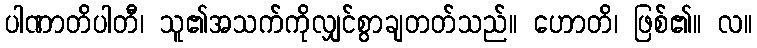
ပါဏာတိပါတီ၊ သူ၏အသက်ကိုလျှင်စွာချတတ်သည်။ ဟောတိ၊ ဖြစ်၏။ လ။